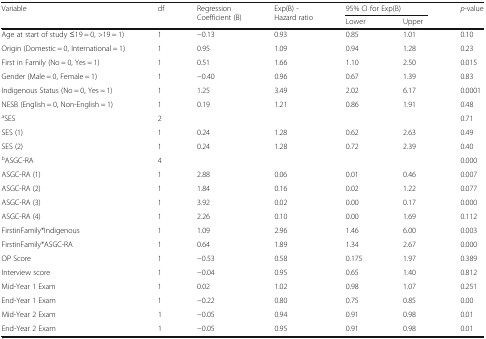
<table><thead><tr><td rowspan="2"><b>Variable</b></td><td rowspan="2"><b>df</b></td><td rowspan="2"><b>Regression Coefficient (B)</b></td><td rowspan="2"><b>Exp(B) - Hazard ratio</b></td><td colspan="2"><b>95% CI for Exp(B)</b></td><td rowspan="2"><b><i>p</i>-value</b></td></tr><tr><td><b>Lower</b></td><td><b>Upper</b></td></tr></thead><tbody><tr><td>Age at start of study ≤19 = 0, &gt;19 = 1)</td><td>1</td><td>−0.13</td><td>0.93</td><td>0.85</td><td>1.01</td><td>0.10</td></tr><tr><td>Origin (Domestic = 0, International = 1)</td><td>1</td><td>0.95</td><td>1.09</td><td>0.94</td><td>1.28</td><td>0.23</td></tr><tr><td>First in Family (No = 0, Yes = 1)</td><td>1</td><td>0.51</td><td>1.66</td><td>1.10</td><td>2.50</td><td>0.015</td></tr><tr><td>Gender (Male = 0, Female = 1)</td><td>1</td><td>−0.40</td><td>0.96</td><td>0.67</td><td>1.39</td><td>0.83</td></tr><tr><td>Indigenous Status (No = 0, Yes = 1)</td><td>1</td><td>1.25</td><td>3.49</td><td>2.02</td><td>6.17</td><td>0.0001</td></tr><tr><td>NESB (English = 0, Non-English = 1)</td><td>1</td><td>0.19</td><td>1.21</td><td>0.86</td><td>1.91</td><td>0.48</td></tr><tr><td><sup>a</sup>SES</td><td>2</td><td></td><td></td><td></td><td></td><td>0.71</td></tr><tr><td>SES (1)</td><td>1</td><td>0.24</td><td>1.28</td><td>0.62</td><td>2.63</td><td>0.49</td></tr><tr><td>SES (2)</td><td>1</td><td>0.24</td><td>1.28</td><td>0.72</td><td>2.39</td><td>0.40</td></tr><tr><td><sup>b</sup>ASGC-RA</td><td>4</td><td></td><td></td><td></td><td></td><td>0.000</td></tr><tr><td>ASGC-RA (1)</td><td>1</td><td>2.88</td><td>0.06</td><td>0.01</td><td>0.46</td><td>0.007</td></tr><tr><td>ASGC-RA (2)</td><td>1</td><td>1.84</td><td>0.16</td><td>0.02</td><td>1.22</td><td>0.077</td></tr><tr><td>ASGC-RA (3)</td><td>1</td><td>3.92</td><td>0.02</td><td>0.00</td><td>0.17</td><td>0.000</td></tr><tr><td>ASGC-RA (4)</td><td>1</td><td>2.26</td><td>0.10</td><td>0.00</td><td>1.69</td><td>0.112</td></tr><tr><td>FirstinFamily*Indigenous</td><td>1</td><td>1.09</td><td>2.96</td><td>1.46</td><td>6.00</td><td>0.003</td></tr><tr><td>FirstinFamily*ASGC-RA</td><td>1</td><td>0.64</td><td>1.89</td><td>1.34</td><td>2.67</td><td>0.000</td></tr><tr><td>OP Score</td><td>1</td><td>−0.53</td><td>0.58</td><td>0.175</td><td>1.97</td><td>0.389</td></tr><tr><td>Interview score</td><td>1</td><td>−0.04</td><td>0.95</td><td>0.65</td><td>1.40</td><td>0.812</td></tr><tr><td>Mid-Year 1 Exam</td><td>1</td><td>0.02</td><td>1.02</td><td>0.98</td><td>1.07</td><td>0.251</td></tr><tr><td>End-Year 1 Exam</td><td>1</td><td>−0.22</td><td>0.80</td><td>0.75</td><td>0.85</td><td>0.00</td></tr><tr><td>Mid-Year 2 Exam</td><td>1</td><td>−0.05</td><td>0.94</td><td>0.91</td><td>0.98</td><td>0.01</td></tr><tr><td>End-Year 2 Exam</td><td>1</td><td>−0.05</td><td>0.95</td><td>0.91</td><td>0.98</td><td>0.01</td></tr></tbody></table>